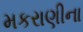
મકરાણીના